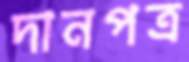
দানপত্র